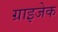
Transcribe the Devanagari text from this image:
ग्राइजेक